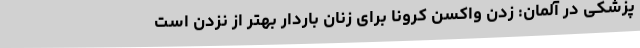
پزشکی در آلمان: زدن واکسن کرونا برای زنان باردار بهتر از نزدن است